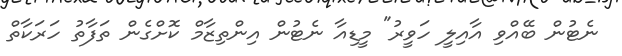
ނެޓުން ބޭއްވި އާއިލީ ހަވީރު" މީޑިއާ ނެޓުން އިންތިޒާމް ކޮށްގެން ތަފާތު ހަރަކާތް